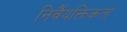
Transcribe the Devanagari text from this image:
निर्वैयक्तिकता